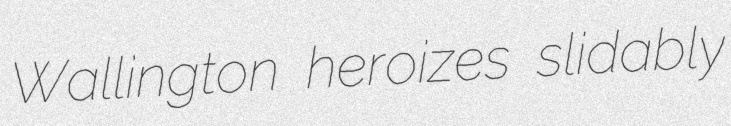
Wallington heroizes slidably